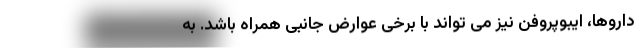
داروها، ایبوپروفن نیز می تواند با برخی عوارض جانبی همراه باشد. به